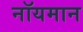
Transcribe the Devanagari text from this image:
नॉयमान